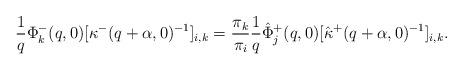
LaTeX: \begin{align*}\frac{1}{q}\Phi^-_k(q,0)[ \kappa^-(q+\alpha,0)^{-1}]_{i,k} = \frac{\pi_k}{\pi_i}\frac{1}{q}\hat\Phi^+_j(q,0)[ \hat\kappa^+(q+\alpha,0)^{-1}]_{i,k}.\end{align*}